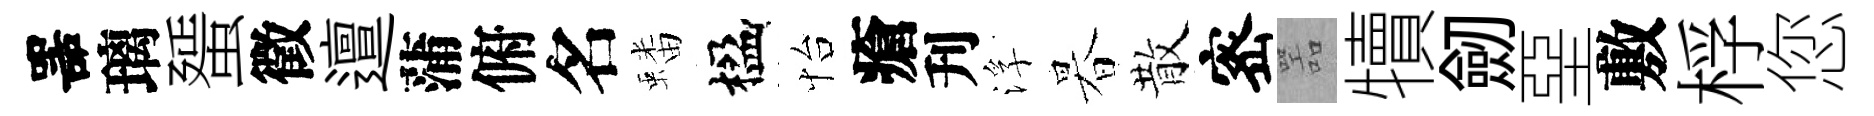
噐璃蜑徵邅蒲俯名蟠楹怡瘡刋浮暮散宻噐犢劒堊敷桴您